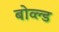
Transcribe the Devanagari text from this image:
बोव्ल्ड